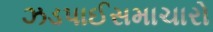
ઝડપાઈસમાચારો